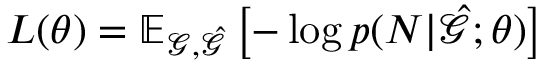
L ( \theta ) = \mathbb { E } _ { \mathcal { G } , \hat { \mathcal { G } } } \left[ - \log p ( N | \hat { \mathcal { G } } ; \theta ) \right]